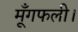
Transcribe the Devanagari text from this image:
मूँगफली।